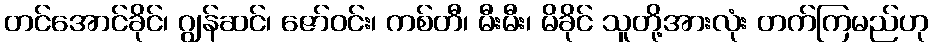
တင်အောင်ခိုင်၊ ဂျွန်ဆင်၊ ဇော်ဝင်း၊ ကစ်တီ၊ မီးမီး၊ မိခိုင် သူတို့အားလုံး တက်ကြမည်ဟု